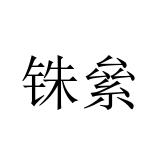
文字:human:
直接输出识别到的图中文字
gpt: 铢絫